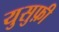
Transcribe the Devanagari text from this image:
युसुफ़ी